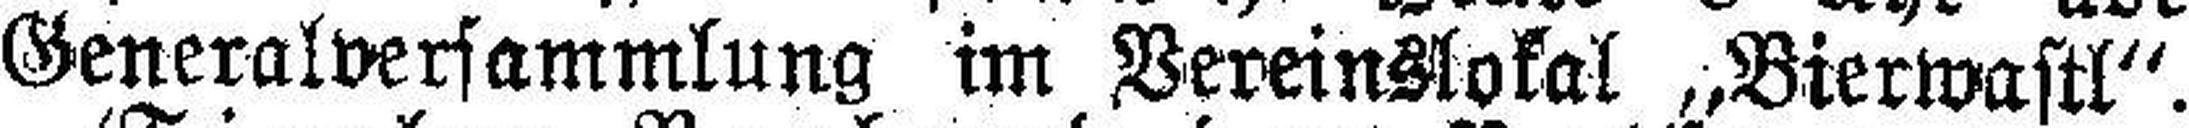
Generalversammlung im Vereinslokal „Bierwastl“.